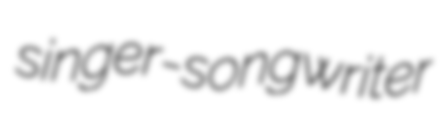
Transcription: singer-songwriter